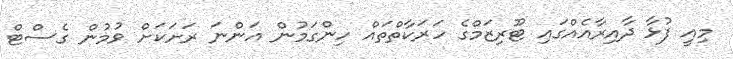
މިއީ ފުޅާ ދާއިރާއެއްގައި ޓޫރިޒަމްގެ ހަރަކާތްތައް ހިންގަމުން އަންނަ ރަށަކަށް ވުމުން ގެސްޓް